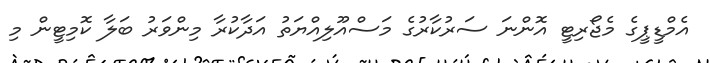
އެމްޑީޕީގެ މެޖޯރިޓީ އޮންނަ ސަރުކާރުގެ މަސްއޫލިއްޔަތު އަދާކުރާ މިންވަރު ބަލާ ކޮމިޓީން މި